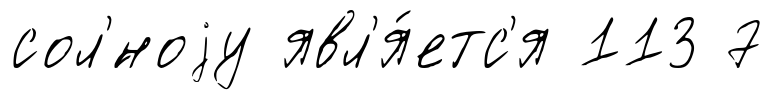
сол'́ноjу явл'я́етс'я 113 7